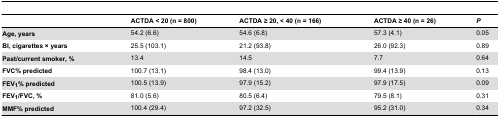
|  | ACTDA < 20 (n = 800) | ACTDA ≥ 20, < 40 (n = 166) | ACTDA ≥ 40 (n = 26) | P |
 | --- | --- | --- | --- | --- |
 | Age, years | 54.2 (6.6) | 54.6 (6.8) | 57.3 (4.1) | 0.05 |
 | BI, cigarettes × years | 25.5 (103.1) | 21.2 (93.8) | 26.0 (92.3) | 0.89 |
 | Past/current smoker, % | 13.4 | 14.5 | 7.7 | 0.64 |
 | FVC% predicted | 100.7 (13.1) | 98.4 (13.0) | 99.4 (13.9) | 0.13 |
 | FEV1% predicted | 100.5 (13.9) | 97.9 (15.2) | 97.9 (17.5) | 0.09 |
 | FEV1/FVC, % | 81.0 (5.6) | 80.5 (6.4) | 79.5 (8.1) | 0.31 |
 | MMF% predicted | 100.4 (29.4) | 97.2 (32.5) | 95.2 (31.0) | 0.34 |